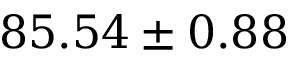
8 5 . 5 4 \pm 0 . 8 8